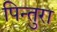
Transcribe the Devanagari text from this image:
पिन्तुरा